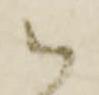
御